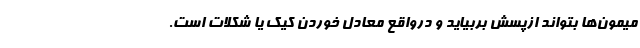
میمون‌ها بتواند ازپسش بربیاید و درواقع معادل خوردن کیک یا شکلات است.